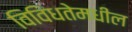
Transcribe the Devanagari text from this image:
विविधतेमधील